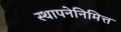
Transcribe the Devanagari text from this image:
स्थापनेनिमित्त